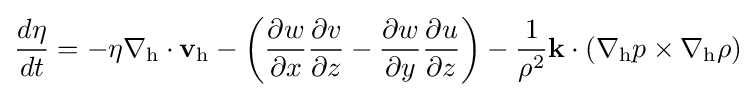
{\frac {d\eta }{dt}}=-\eta \nabla _{\text{h}}\cdot \mathbf {v} _{\text{h}}-\left({\frac {\partial w}{\partial x}}{\frac {\partial v}{\partial z}}-{\frac {\partial w}{\partial y}}{\frac {\partial u}{\partial z}}\right)-{\frac {1}{\rho ^{2}}}\mathbf {k} \cdot \left(\nabla _{\text{h}}p\times \nabla _{\text{h}}\rho \right)